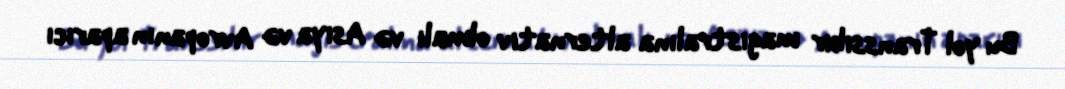
Bu yol Transsibir magistralına alternativ olmalı və Asiya və Avropanın aparıcı